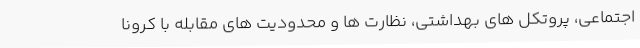
اجتماعی، پروتکل های بهداشتی، نظارت ها و محدودیت های مقابله با کرونا